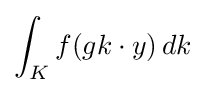
\int _{K}f(gk\cdot y)\,dk